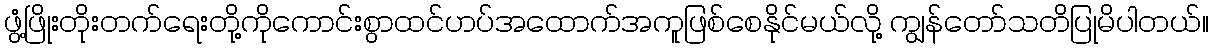
ဖွံ့ဖြိုးတိုးတက်ရေးတို့ကိုကောင်းစွာထင်ဟပ်အထောက်အကူဖြစ်စေနိုင်မယ်လို့ ကျွန်တော်သတိပြုမိပါတယ်။